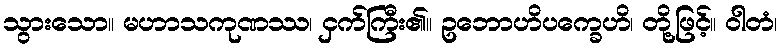
သွားသော။ မဟာသကုဏဿ၊ ငှက်ကြီး၏။ ဥဘောဟိပက္ခေဟိ၊ တို့ဖြင့်။ ဝါတံ၊